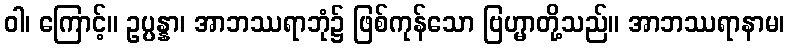
ဝါ၊ ကြောင့်။ ဥပ္ပန္နာ၊ အာဘဿရာဘုံ၌ ဖြစ်ကုန်သော ဗြဟ္မာတို့သည်။ အာဘဿရာနာမ၊